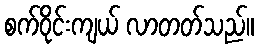
စက်ဝိုင်းကျယ် လာတတ်သည်။